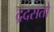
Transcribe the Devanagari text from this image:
द्रदसतो